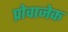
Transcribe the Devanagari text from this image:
प्रोवाजेक